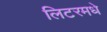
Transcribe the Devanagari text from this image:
लिटरमधे